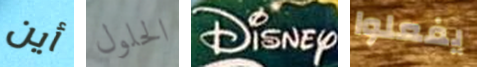
أين الحلول DiSNEy يفعلوا